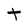
Character: t